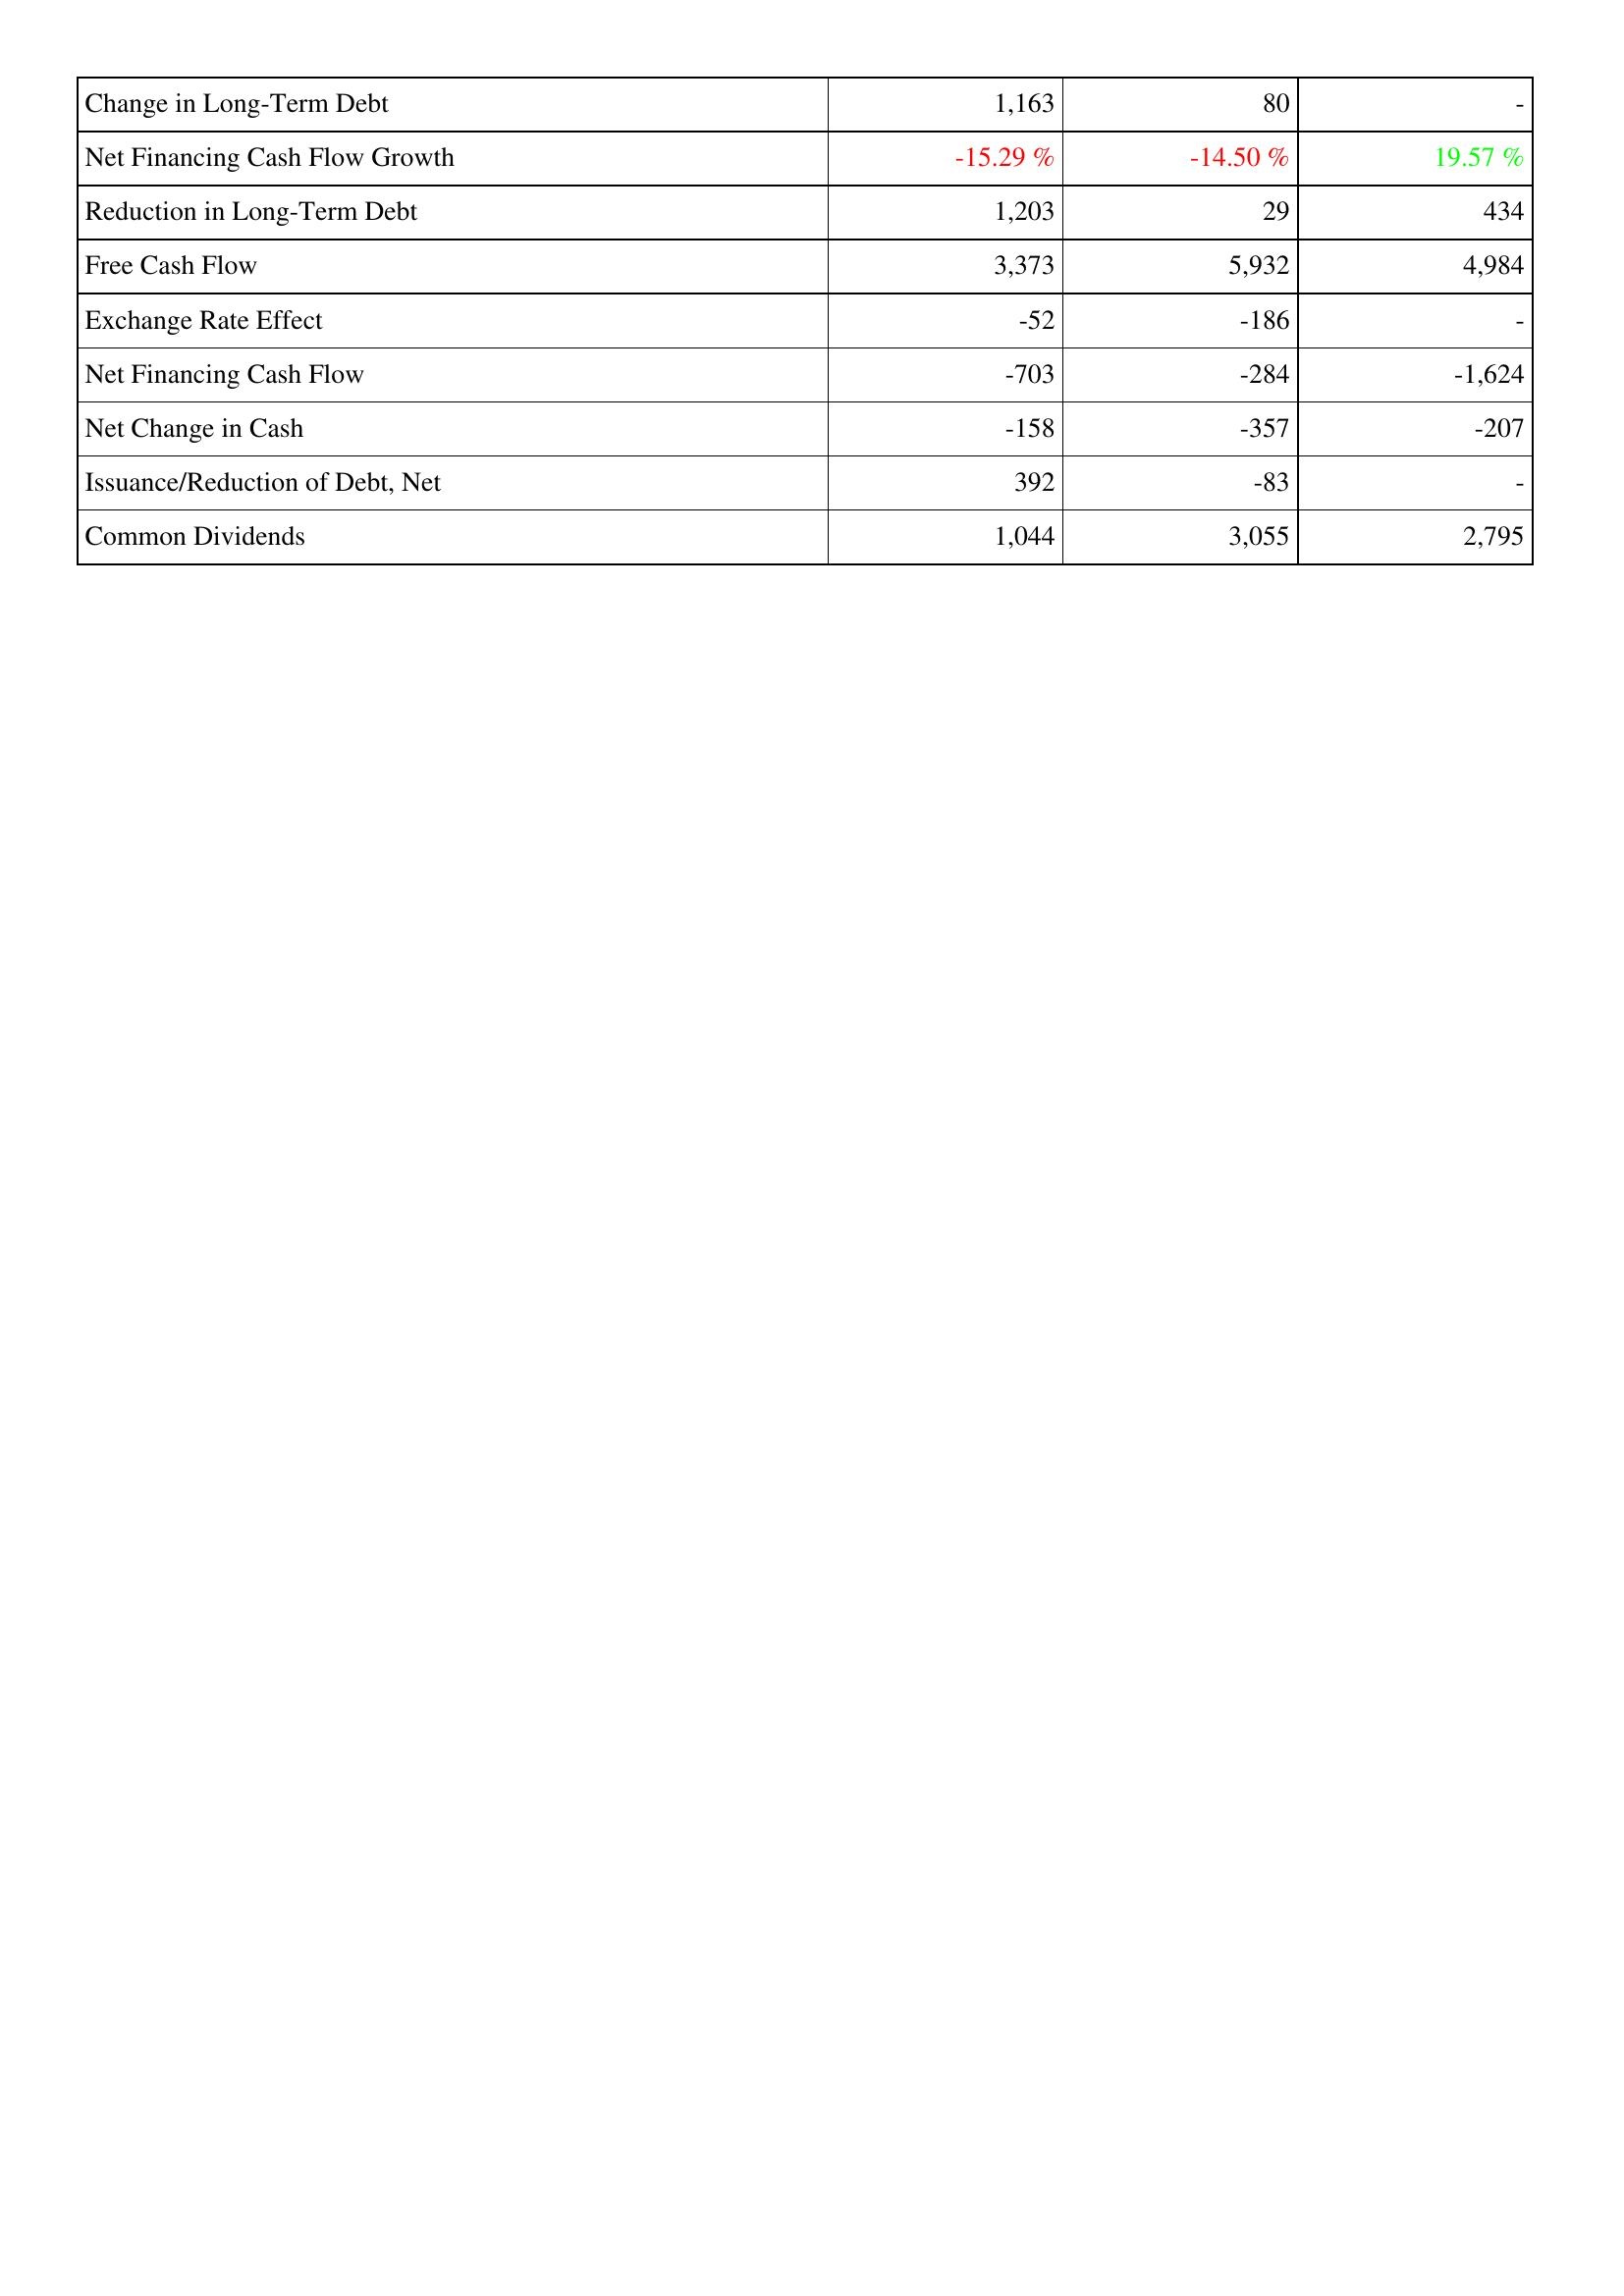
2009: Financing Activities: Change in Long-Term Debt: 1,163
Net Financing Cash Flow Growth: -15.29 %
Reduction in Long-Term Debt: 1,203
Free Cash Flow: 3,373
Exchange Rate Effect: -52
Net Financing Cash Flow: -703
Net Change in Cash: -158
Issuance/Reduction of Debt, Net: 392
Common Dividends: 1,044
2008: Financing Activities: Change in Long-Term Debt: 80
Net Financing Cash Flow Growth: -14.50 %
Reduction in Long-Term Debt: 29
Free Cash Flow: 5,932
Exchange Rate Effect: -186
Net Financing Cash Flow: -284
Net Change in Cash: -357
Issuance/Reduction of Debt, Net: -83
Common Dividends: 3,055
2007: Financing Activities: Change in Long-Term Debt: -
Net Financing Cash Flow Growth: 19.57 %
Reduction in Long-Term Debt: 434
Free Cash Flow: 4,984
Exchange Rate Effect: -
Net Financing Cash Flow: -1,624
Net Change in Cash: -207
Issuance/Reduction of Debt, Net: -
Common Dividends: 2,795